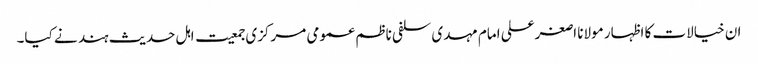
ان خیالات کا اظہار مولانا اصغرعلی امام مہدی سلفی ناظم عمومی مرکزی جمعیت اہل حدیث ہند نے کیا۔